Document type: Dowry
Year: 1238
Scribe: Berenguer Jaume
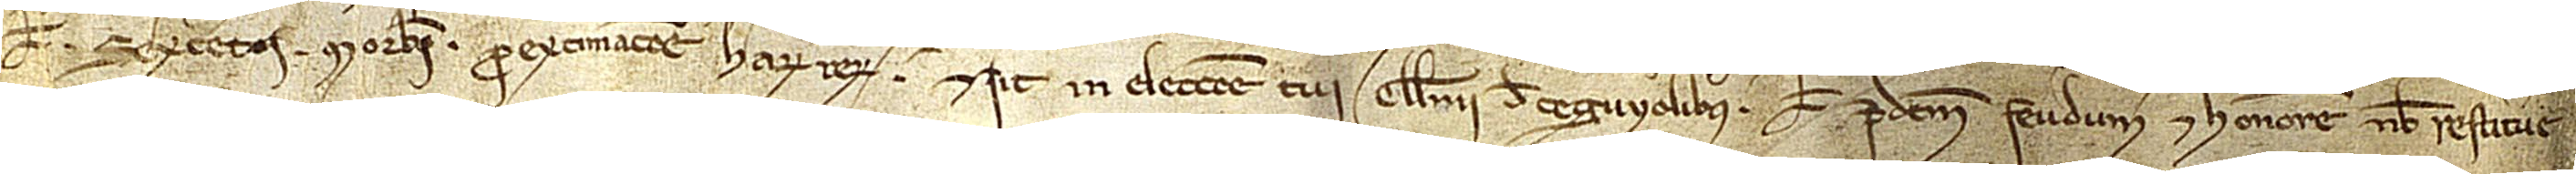
vel sexcentos morabatini pro extimacione harum rerum. Et sit in eleccione tui Guillelmi de Ceguyolibus vel predictum feudum et honorem nobis restituere